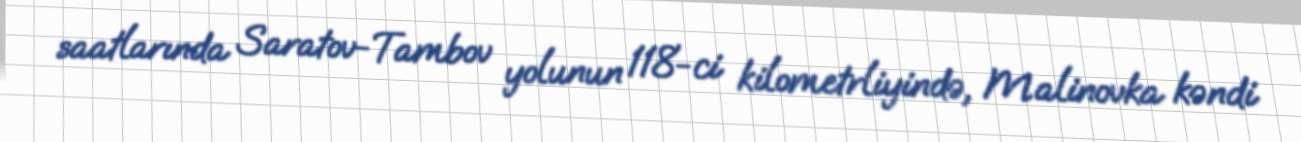
saatlarında Saratov-Tambov yolunun 118-ci kilometrliyində, Malinovka kəndi